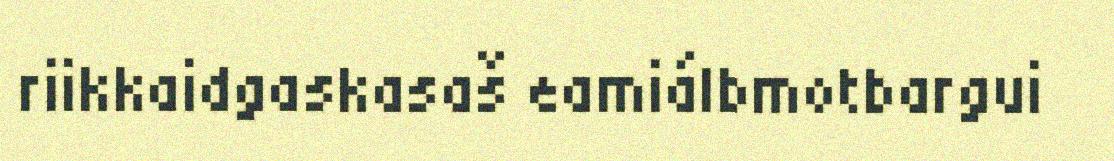
riikkaidgaskasaš eamiálbmotbargui